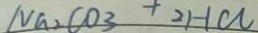
N a _ { 2 } C O _ { 3 } + 2 H C l